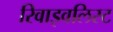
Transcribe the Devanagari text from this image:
रिवाइवलिस्ट